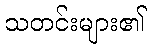
သတင်းများ၏